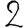
Digit: 2